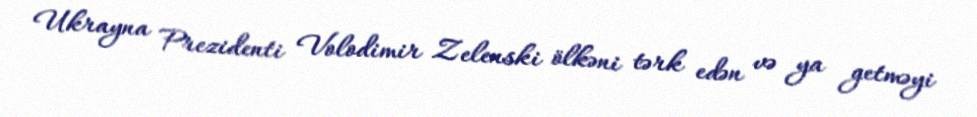
Ukrayna Prezidenti Volodimir Zelenski ölkəni tərk edən və ya getməyi